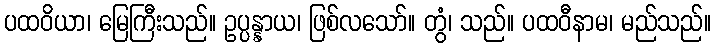
ပထဝိယာ၊ မြေကြီးသည်။ ဥပ္ပန္နာယ၊ ဖြစ်လသော်။ တွံ၊ သည်။ ပထဝီနာမ၊ မည်သည်။